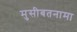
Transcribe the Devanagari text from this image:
मुसीबतनामा